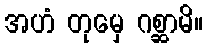
အဟံ တုမှေ ဂစ္ဆာမိ။